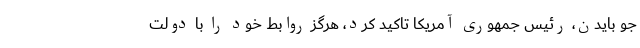
جو بایدن، رئیس جمهوری آمریکا تاکید کرد، هرگز روابط خود را با دولت